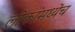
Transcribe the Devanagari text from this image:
लोकांमध्येच